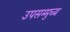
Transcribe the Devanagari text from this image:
उपसम्मुच्य